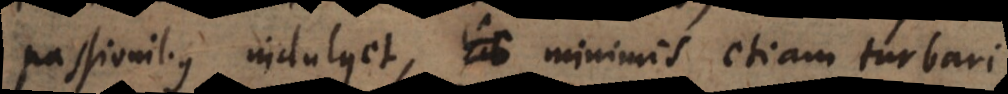
passionibus indulget, minimis etiam turbari